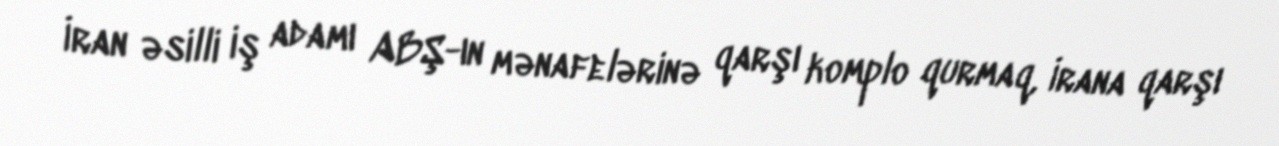
İran əsilli iş adamı ABŞ-ın mənafelərinə qarşı komplo qurmaq, İrana qarşı